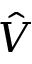
\hat { V }